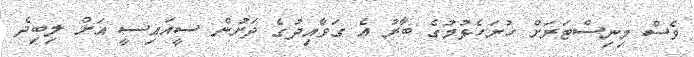
ވެސް މިނިސްޓަރަށް ހުށަހެޅުމުގެ ބާރު އެ ގަވާއިދުގެ ދަށުން ސީއައިސީ އަށް ލިބިދެ